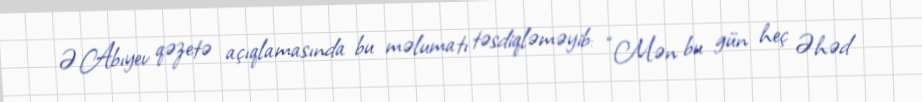
Ə.Abıyev qəzetə açıqlamasında bu məlumatı təsdiqləməyib: “Mən bu gün heç Əhəd